NAE_ERA_R-2324_Eesti_Vabariigi_Pohiseaduslik_Assamblee, lk 120
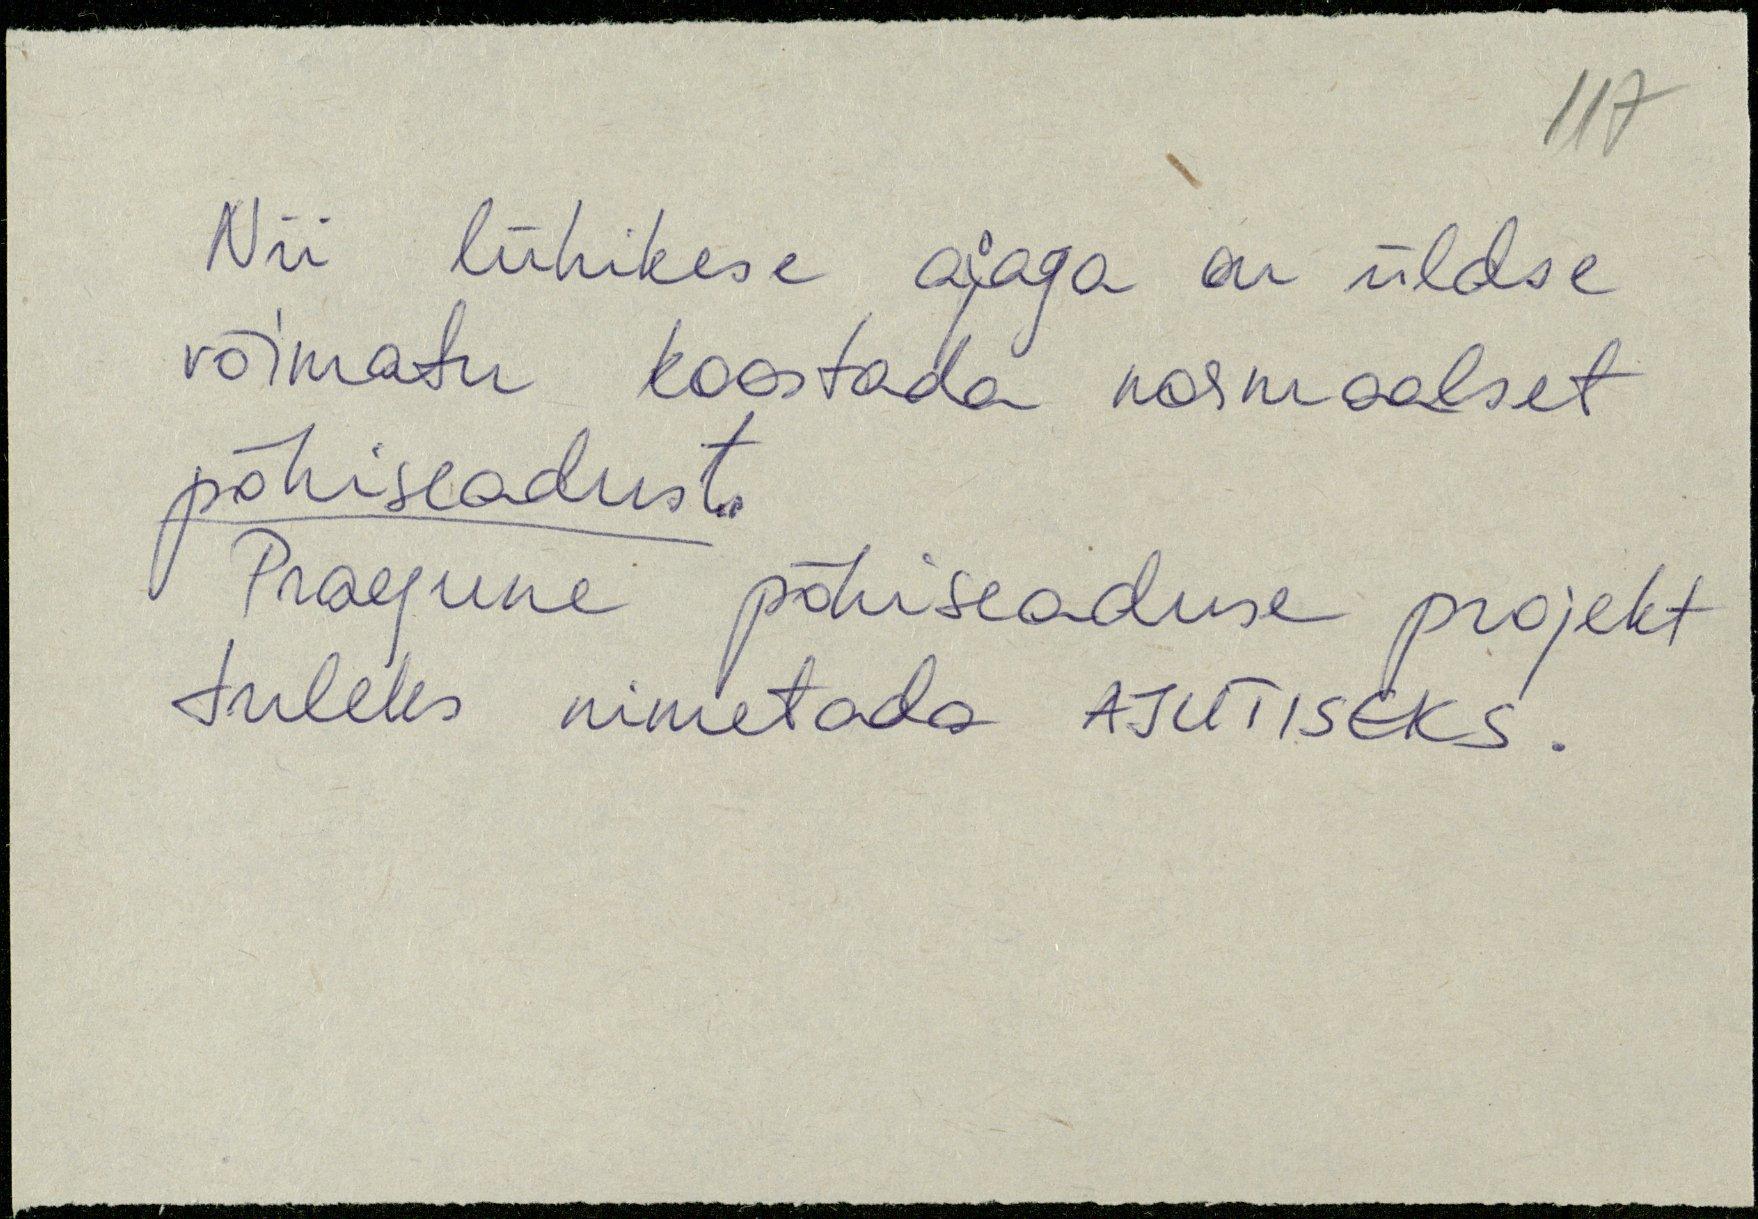
Nii lühikese ajaga on üldse
võimatu koostada normaalset
põhiseadust.
Praegune põhiseaduse projekt
tuleks nimetada AJUTISEKS.